Vaccination United Provinces of Agra and Oudh 1923-1928 - 1923-1928
Year: 1923
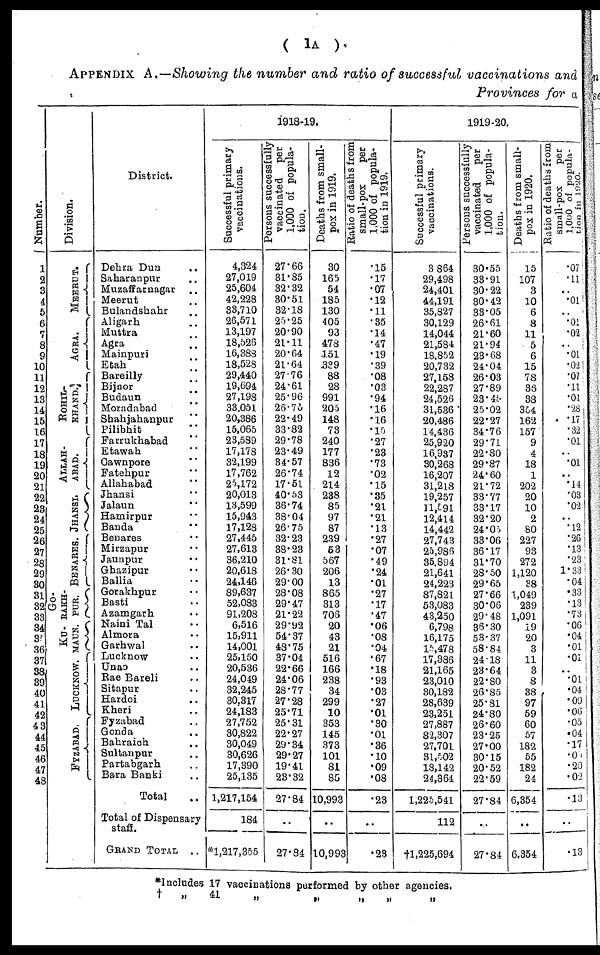
( 1A ).
APPENDIX A.—Showing the number and ratio of successful vaccinations and
Provinces for a
Number.
1
2
3
4
5
6
7
8
9
10
11
12
13
14
15
16
17
18
19
20
21
22
23
24
25
26
27
28
29
30
31
32
33
34
35
36
37
38
39
40
41
42
43
44
45
46
47
48
Division.
MEERUT.
AGRA.
ROHIL¬
KHAND.
ALLAH-
----.
JHANSI.
BENARES.
GO¬
RAKH¬
PUR.
KU¬
MAUN.
LUCKNOW.
FYZABAD.
District.
Dehra Dun ..
Saharanpur ..
Muzaffarnagar ..
Meerut ..
Bulandshahr ..
Aligarh ..
Muttra ..
Agra ..
Mainpuri ..
Etah
..
Bareilly
..
Bijnor
..
Budaun
..
Moradabad ..
Shahjahanpur ..
Pilibhit ..
Farrukhabad ..
Etawah ..
Cawnpore ..
Fatehpur ..
Allahabad ..
Jhansi ..
Jalaun ..
Hamirpur ..
Banda ..
Benares ..
Mirzapur ..
Jaunpur ..
Ghazipur ..
Ballia ..
Gorakhpur ..
Basti ..
Azamgarh ..
Naini Tal ..
Almora ..
Garhwal ..
Lucknow ..
Unao ..
Rae Bareli ..
Sitapur ..
Hardoi ..
Kheri ..
Fyzabad ..
Gonda ..
Bahraich ..
Sultanpur ..
Partabgarh ..
Bara Banki ..
Total ..
Total of Dispensary
staff.
GRAND TOTAL ..
1918-19.
Successful primary
vaccinations.
4,324
27,019
25,604
42,228
33,710
26,571
13,197
18,526
16,388
18,528
29,440
19,694
27,198
33,051
20,386
15,065
23,589
17,178
32,199
17,762
25,172
20,013
13,599
15,943
17,128
27,445
27,613
36,210
20,618
24,146
89,637
52,083
91,208
6,516
15,911
14,001
25,150
20,536
24,049
32,245
30,317
24,183
27,752
30,822
30,049
30,626
17,390
25,135
1,217,154
184
*1,217,355
Persons successfully
vaccinated per
1,000 of popula-
tion.
27.66
31.85
32.32
30.51
32.18
25.25
20.90
21.11
20.64
21.64
27.76
24.61
25.96
26.75
22.49
33.82
29.78
23.49
34.57
26.74
17.51
40.53
36.74
38.04
26.75
32.23
38.23
31.81
26.30
29.00
28.08
29.47
21.22
29.92
54.37
48.75
37.04
22.66
24.06
28.77
27.28
25.71
25.31
22.27
29.34
29.27
19.41
23.32
27.84
..
27.84
Deaths from small-
pox in 1919.
30
165
54
185
130
405
93
478
151
339
88
28
991
205
148
73
240
177
836
12
214
238
85
97
87
239
53
567
206
13
865
313
706
20
43
21
516
166
238
34
299
10
353
145
373
101
81
85
10,993
..
10,993
Ratio of deaths from
small-pox
per
1,000 of popula-
tion in 1919.
.15
.17
.07
.12
.11
.35
.14
.47
.19
.39
.08
.03
.94
.16
.16
.15
.27
.23
.73
.02
.15
.35
.21
.21
.13
.27
.07
.49
.24
.01
.27
.17
.47
.06
.08
.04
.67
.18
.93
.03
.27
.01
.30
.01
.36
.10
.09
.08
.23
..
.23
1919-20.
Successful primary
vaccinations.
3,864
29,498
24,401
44,191
35,827
30,129
14,044
21,584
18,852
20,732
27,158
22,287
24,526
31,536
20,486
14,436
25,920
16,937
30,268
16,207
31,218
19,257
11,591
12,414
14,442
27,743
25,986
35,894
21,641
24,223
87,821
53,083
43,250
6,798
16,175
15,478
17,386
21,165
23,010
30,182
28,639
23,251
27,887
82,307
27,701
31,502
18,142
24,364
1,225,541
112
†1,225,694
Persons successfully
vaccinated
per
1,000 of popula-
tion.
30.55
33.91
30.22
30.42
33.05
26.61
21.60
21.94
23.68
24.04
26.03
27.89
23.45
25.02
22.27
34.76
29.71
22.80
29.87
24.60
21.72
33.77
33.17
32.20
24.05
33.06
36.17
31.70
28.50
29.65
27.66
30.06
29.48
36.30
53.37
58.84
24.18
23.64
22.80
26.85
25.81
24.80
26.60
23.25
27.00
30.15
20.52
22.59
27.84
..
27.84
Deaths from small-
pox in 1920.
15
107
3
10
6
8
11
5
6
15
78
36
38
354
162
157
9
4
18
1
202
20
10
2
80
227
93
272
1,120
38
1,049
239
1,091
19
20
3
11
3
8
38
97
59
60
57
182
55
182
24
6,354
..
6,354
Ratio of deaths from
small-pox
per
1,000 of popula¬
tion in 1920.
.07
.11
..
.01
..
.01
.02
..
.01
.02
.07
.11
.04
.28
.17
.32
.01
..
.01
..
.14
.03
.02
..
.12
.26
.13
.23
1.33
.04
.33
.13
.73
.06
.04
.01
.01
..
.01
.04
.09
.06
.05
.04
.17
.01
.20
.02
.13
.13
*Includes 17 vaccinations performed by other agencies.
†
„
41
„
„
„
„
„